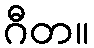
ဂီတ။